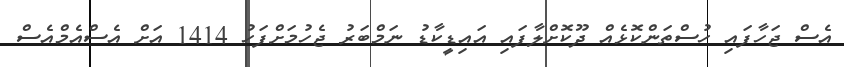
އެސް ޖަހާފައި ހުސްތަންކޮޅެއް ދޫކޮށްލާފައި އައިޑީކާޑު ނަމްބަރު ޖެހުމަށްފަހު 1414 އަށް އެސްއެމްއެސް